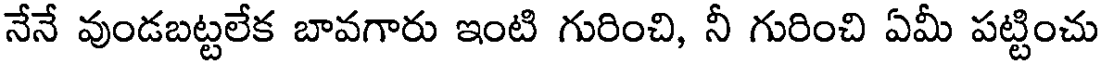
నేనే వుండబట్టలేక బావగారు ఇంటి గురించి, నీ గురించి ఏమీ పట్టించు